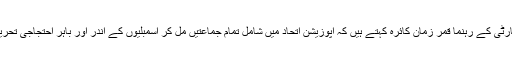
پاکستان پیپلز پارٹی کے رہنما قمر زمان کائرہ کہتے ہیں کہ اپوزیشن اتحاد میں شامل تمام جماعتیں مل کر اسمبلیوں کے اندر اور باہر احتجاجی تحریک چلائیں گی۔